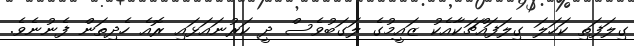
ގިލަފަތި ކަހަލަ ގިލަފައްޗަކާއެކު ޒައީމުގެ ލަގަބުވެސް ދީ ކަރުނައަޅައި ރޮއެ ހެދިތަން ފެނުނެވެ.